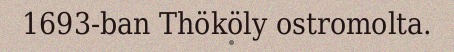
1693-ban Thököly ostromolta.